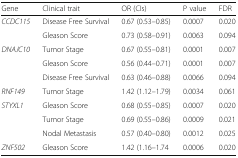
<table><thead><tr><td><b>Gene</b></td><td><b>Clinical trait</b></td><td><b>OR (CIs)</b></td><td><b>P value</b></td><td><b>FDR</b></td></tr></thead><tbody><tr><td rowspan="2"><i>CCDC115</i></td><td>Disease Free Survival</td><td>0.67 (0.53–0.85)</td><td>0.0007</td><td>0.020</td></tr><tr><td>Gleason Score</td><td>0.73 (0.58–0.91)</td><td>0.0063</td><td>0.094</td></tr><tr><td rowspan="3"><i>DNAJC10</i></td><td>Tumor Stage</td><td>0.67 (0.55–0.81)</td><td>0.0001</td><td>0.007</td></tr><tr><td>Gleason Score</td><td>0.56 (0.44–0.71)</td><td>0.0001</td><td>0.007</td></tr><tr><td>Disease Free Survival</td><td>0.63 (0.46–0.88)</td><td>0.0066</td><td>0.094</td></tr><tr><td><i>RNF149</i></td><td>Tumor Stage</td><td>1.42 (1.12–1.79)</td><td>0.0034</td><td>0.061</td></tr><tr><td rowspan="3"><i>STYXL1</i></td><td>Gleason Score</td><td>0.68 (0.55–0.85)</td><td>0.0007</td><td>0.020</td></tr><tr><td>Tumor Stage</td><td>0.69 (0.55–0.86)</td><td>0.0009</td><td>0.021</td></tr><tr><td>Nodal Metastasis</td><td>0.57 (0.40–0.80)</td><td>0.0012</td><td>0.025</td></tr><tr><td><i>ZNF502</i></td><td>Gleason Score</td><td>1.42 (1.16–1.74</td><td>0.0006</td><td>0.020</td></tr></tbody></table>